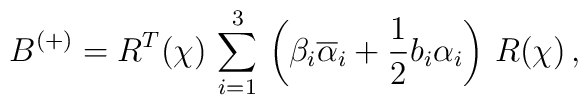
B^{(+)} = R^T(\chi)\, \sum_{i=1}^3\,\left( \beta_i\overline{\alpha}_i  +\frac{1}{2}b_i\alpha_i \right)\, R(\chi)\,,